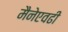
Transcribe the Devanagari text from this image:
मैनेएवढी